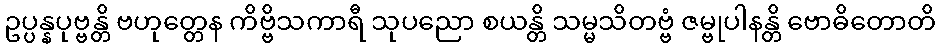
ဥပ္ပန္နပုဗ္ဗန္တိ ဗဟုတ္တေန ကိဗ္ဗိသကာရီ သုပညော စယန္တိ သမ္မသိတဗ္ဗံ ဇမ္ဗုပါနန္တိ ဗောဓိတောတိ